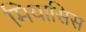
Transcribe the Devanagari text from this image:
मियासिस